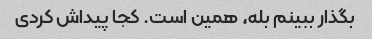
بگذار ببینم بله، همین است. کجا پیداش کردی